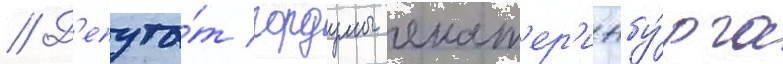
// Д'епута́т гордумы екат'ер'инбу́рга